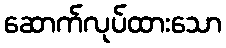
ဆောက်လုပ်ထားသော